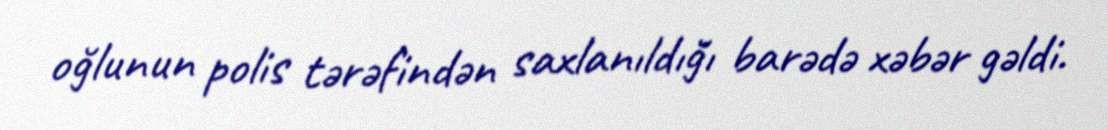
oğlunun polis tərəfindən saxlanıldığı barədə xəbər gəldi.